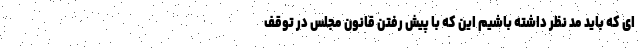
ای که باید مد نظر داشته باشیم این که با پیش رفتن قانون مجلس در توقف